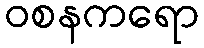
ဝစနကရော